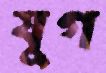
যুগ